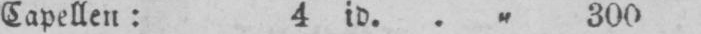
Capellen: 4 id.. „ 300